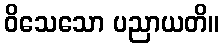
ဝိသေသော ပညာယတိ။